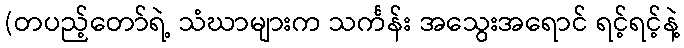
(တပည့်တော်ရဲ့ သံဃာများက သင်္ကန်း အသွေးအရောင် ရင့်ရင့်နဲ့